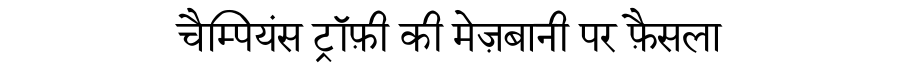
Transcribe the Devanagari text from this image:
चैम्पियंस ट्रॉफ़ी की मेज़बानी पर फ़ैसला